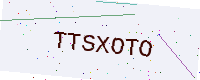
Text: TTSXOTO